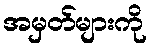
အမှတ်များကို